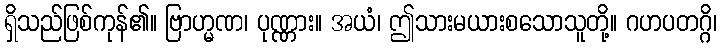
ရှိသည်ဖြစ်ကုန်၏။ ဗြာဟ္မဏ၊ ပုဏ္ဏား။ အယံ၊ ဤသားမယားစသောသူတို့။ ဂဟပတဂ္ဂိ၊